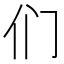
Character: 们